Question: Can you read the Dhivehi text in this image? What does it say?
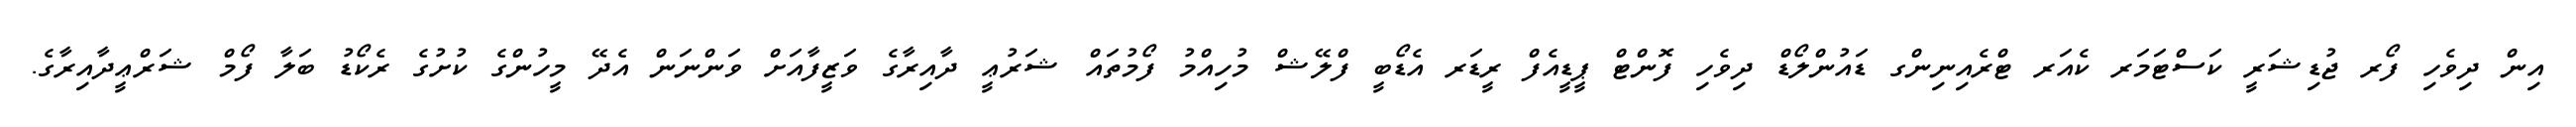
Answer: އިން ދިވެހި ފޯރ ޖުޑިޝަރީ ކަސްޓަމަރ ކެއަރ ޓްރެއިނިންގ ޑައުންލޯޑް ދިވެހި ފޮންޓް ޕީޑީއެފް ރީޑަރ އެޑޯބީ ފްލޭޝް މުހިއްމު ފޯމުތައް ޝަރުޢީ ދާއިރާގެ ވަޒީފާއަށް ވަންނަން އެދޭ މީހުންގެ ކުށުގެ ރެކޯޑު ބަލާ ފޯމް ޝަރްޢީދާއިރާގެ.